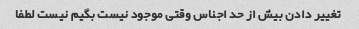
تغییر دادن بیش از حد اجناس وقتی موجود نیست بگیم نیست لطفا